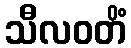
သီလဝတိံ